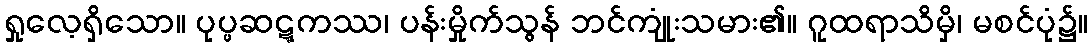
ရှုလေ့ရှိသော။ ပုပ္ဖဆဋ္ဋကဿ၊ ပန်းမှိုက်သွန် ဘင်ကျုံးသမား၏။ ဂူထရာသိမှိ၊ မစင်ပုံ၌။